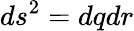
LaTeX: ds^{2}=dqdr